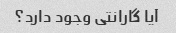
آیا گارانتی وجود دارد؟